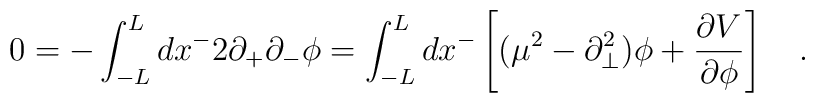
0=-\int^{L}_{-L}dx^{-}2\partial_{+}\partial_{-}\phi =\int^{L}_{-L}dx^{-}\left[(\mu^2 -\partial_{\bot}^2)\phi + \frac{\partial V}{\partial \phi}\right] \quad.